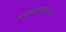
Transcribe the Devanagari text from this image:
कर्मधर्मसंयोगानं